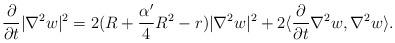
LaTeX: \begin{align*}\frac{\partial}{\partial t}|\nabla^2w|^2=2(R+\frac{\alpha'}{4}R^2-r)|\nabla^2 w|^2+2\langle\frac{\partial}{\partial t}\nabla^2w,\nabla^2w\rangle.\end{align*}